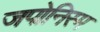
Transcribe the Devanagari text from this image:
जपोनिस्म